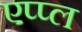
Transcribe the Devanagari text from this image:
एप्‍प्‍ल